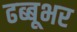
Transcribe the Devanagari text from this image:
ढब्बूभर